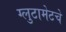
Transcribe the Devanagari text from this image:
ग्लुटामेटचे